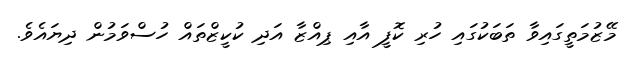
މޭޒުމަތީގައިވާ ތަބަކުގައި ހުރި ކޮފީ އާއި ޕިއްޒާ އަދި ކުކީޒްތައް ހުސްވަމުން ދިޔައެވެ.